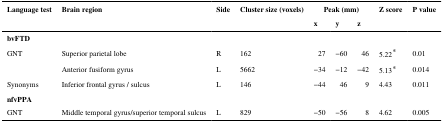
<table><thead><tr><td rowspan="2"><b>Language test</b></td><td rowspan="2"><b>Brain region</b></td><td rowspan="2"><b>Side</b></td><td rowspan="2"><b>Cluster size (voxels)</b></td><td colspan="3"><b>Peak (mm)</b></td><td rowspan="2"><b>Z score</b></td><td rowspan="2"><b>P value</b></td></tr><tr><td><b>x</b></td><td><b>y</b></td><td><b>z</b></td></tr></thead><tbody><tr><td><b>bvFTD</b></td><td></td><td></td><td></td><td></td><td></td><td></td><td></td><td></td></tr><tr><td>GNT</td><td>Superior parietal lobe</td><td>R</td><td>162</td><td>27</td><td>−60</td><td>46</td><td>5.22*</td><td>0.01</td></tr><tr><td></td><td>Anterior fusiform gyrus</td><td>L</td><td>5662</td><td>−34</td><td>−12</td><td>−42</td><td>5.13*</td><td>0.014</td></tr><tr><td>Synonyms</td><td>Inferior frontal gyrus / sulcus</td><td>L</td><td>146</td><td>−44</td><td>46</td><td>9</td><td>4.43</td><td>0.011</td></tr><tr><td><b>nfvPPA</b></td><td></td><td></td><td></td><td></td><td></td><td></td><td></td><td></td></tr><tr><td>GNT</td><td>Middle temporal gyrus/superior temporal sulcus</td><td>L</td><td>829</td><td>−50</td><td>−56</td><td>8</td><td>4.62</td><td>0.005</td></tr></tbody></table>